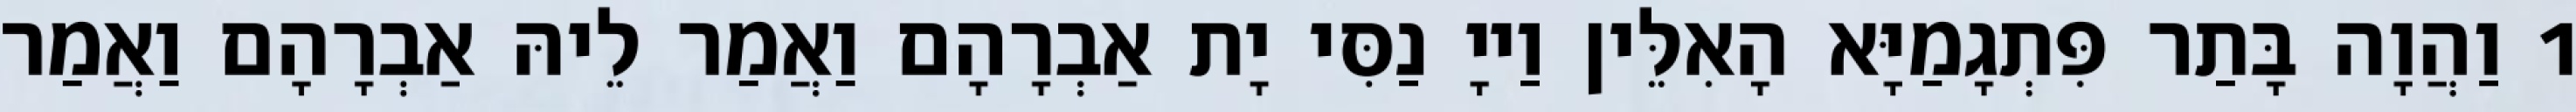
1 וַהֲוָה בָּתַר פִּתְגָמַיָּא הָאִלֵּין וַייָ נַסִּי יָת אַבְרָהָם וַאֲמַר לֵיהּ אַבְרָהָם וַאֲמַר